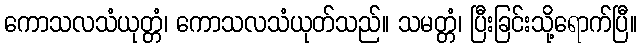
ကောသလသံယုတ္တံ၊ ကောသလသံယုတ်သည်။ သမတ္တံ၊ ပြီးခြင်းသို့ရောက်ပြီ။